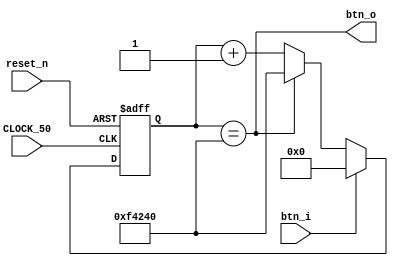
module debounce(

	input 	CLOCK_50,
	input 	reset_n,
	input 	btn_i,
	
	output 	btn_o
	
);
	
	reg [19:0] counter;
	
	
	always @(posedge CLOCK_50,negedge reset_n) begin
		if(!reset_n) counter <= 20'd0;
		else begin
			if(!btn_i) begin
				if(counter == 20'd1_000_000)	counter <= 20'd1_000_000;	//Shorten 1_000_000
				else counter <= counter + 20'd1;
			end
			else begin
				counter <= 20'd0;
			end
		end
	end
	
	assign btn_o = (counter == 20'd1_000_000);								//Shorten 1_000_000

endmodule